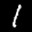
Label: 1